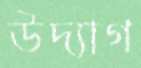
উদ্যাগ